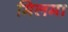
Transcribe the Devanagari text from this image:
मिलमा